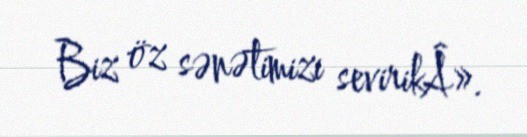
Biz öz sənətimizi sevirikÂ».